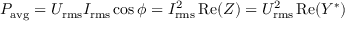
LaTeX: P _ { \mathrm { { a v g } } } = U _ { \mathrm { r m s } } I _ { \mathrm { r m s } } \cos \phi = I _ { \mathrm { r m s } } ^ { 2 } \operatorname { R e } ( Z ) = U _ { \mathrm { r m s } } ^ { 2 } \operatorname { R e } ( Y ^ { * } )